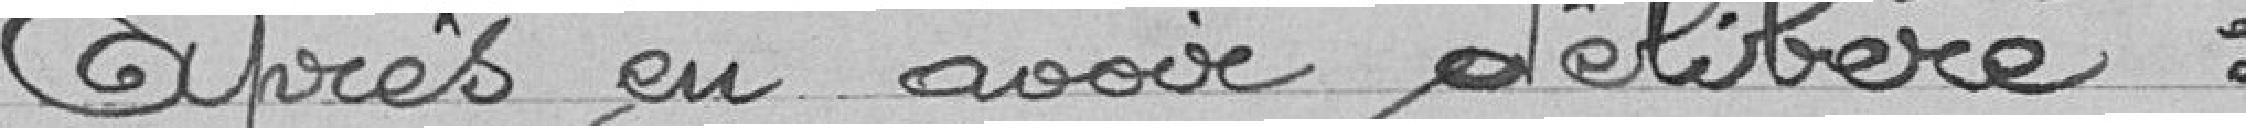
Après en avoir délibéré: